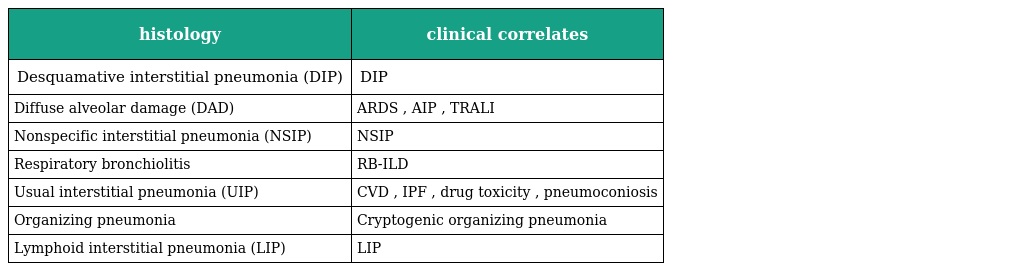
| histology | clinical correlates |
 | --- | --- |
 | Desquamative interstitial pneumonia (DIP) | DIP |
 | Diffuse alveolar damage (DAD) | ARDS , AIP , TRALI |
 | Nonspecific interstitial pneumonia (NSIP) | NSIP |
 | Respiratory bronchiolitis | RB-ILD |
 | Usual interstitial pneumonia (UIP) | CVD , IPF , drug toxicity , pneumoconiosis |
 | Organizing pneumonia | Cryptogenic organizing pneumonia |
 | Lymphoid interstitial pneumonia (LIP) | LIP |